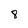
Character: 8